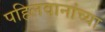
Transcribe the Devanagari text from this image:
पहिलवानांच्या